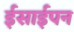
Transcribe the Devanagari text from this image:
ईसाईपन